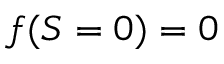
\begin{array} { r } { f ( S = 0 ) = 0 } \end{array}